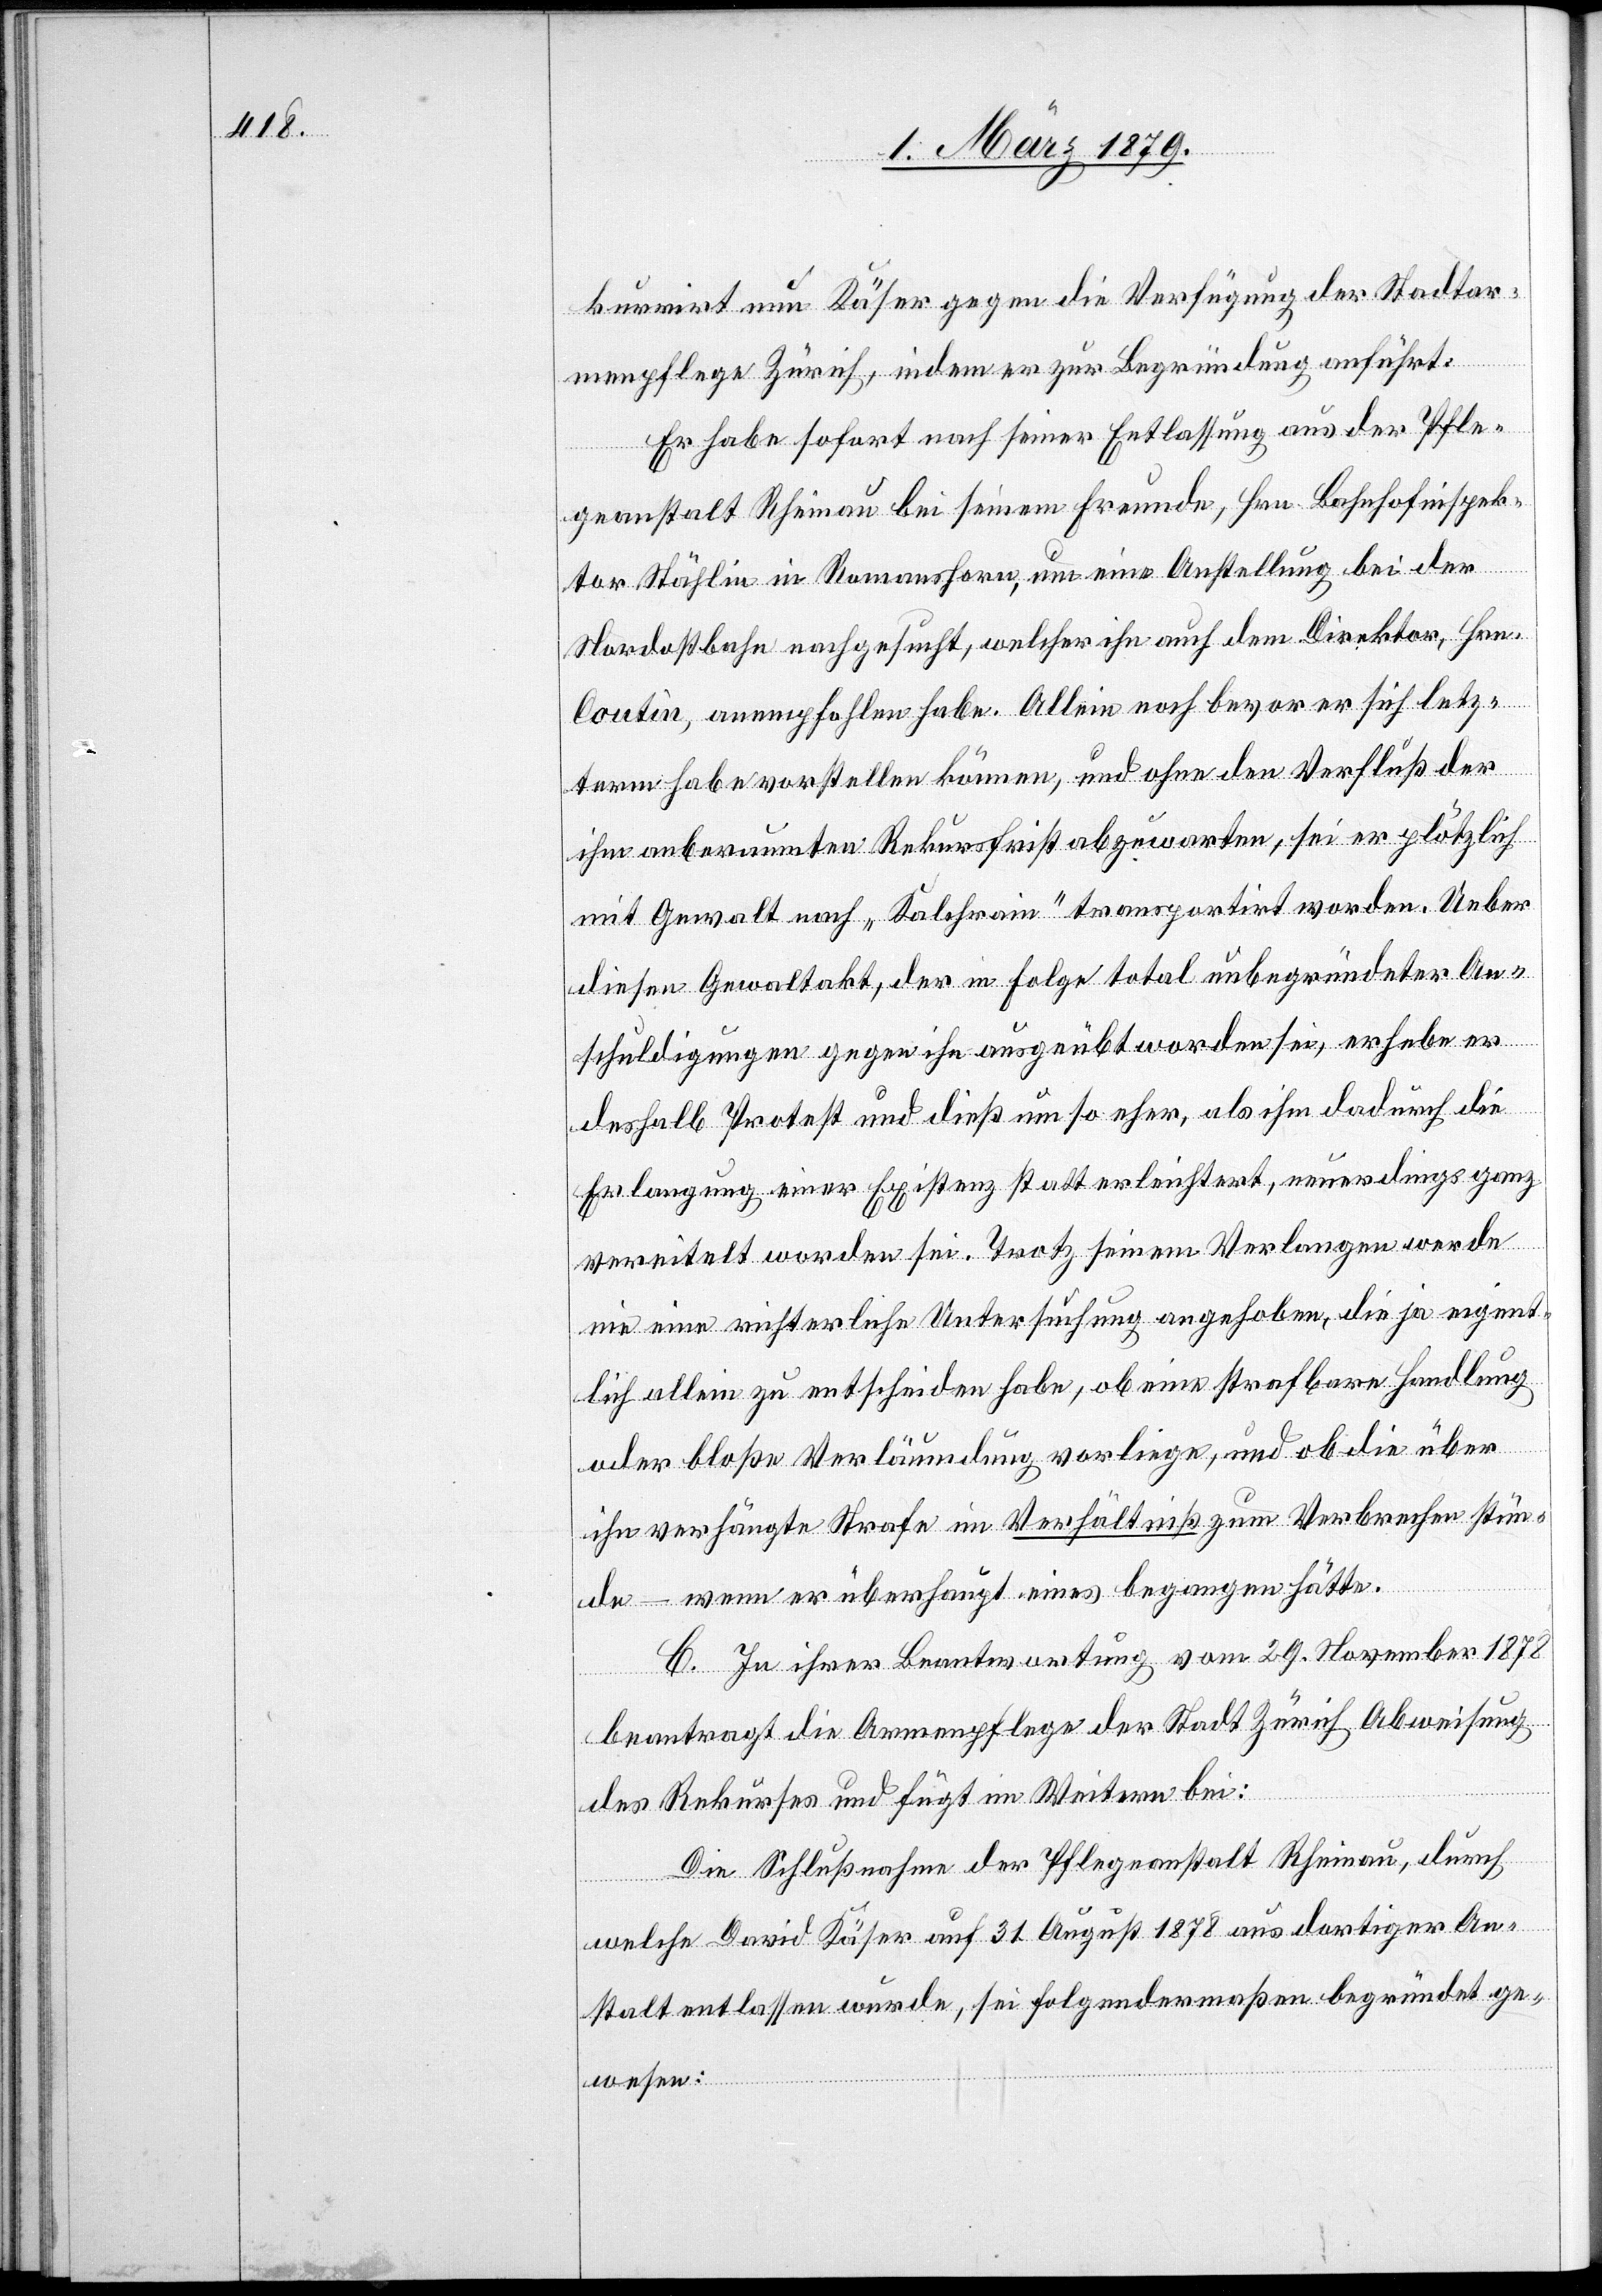
kurrirt nun Käser gegen die Verfügung der Stadtar¬
menpflege Zürich, indem er zur Begründung anführt:
Er habe sofort nach seiner Entlassung aus der Pfle¬
geanstalt Rheinau bei seinem Freunde, Hrn. Bahnhofinspek¬
tor Stählin in Romanshorn, um eine Anstellung bei der
Nordostbahn nachgesucht, welcher ihn auch dem Direktor, Hrn.
Coutin, anempfohlen habe. Allein noch bevor er sich letz¬
term habe vorstellen können, und ohne den Verfluß der
ihm anberaumten Rekursfrist abzuwarten, sei er plötzlich
mit Gewalt nach „Kalchrain“ transportirt worden. Ueber
diesen Gewaltakt, der in Folge total unbegründeter An¬
schuldigungen gegen ihn ausgeübt worden sei, erhebe er
deshalb Protest und dieß um so eher, als ihm dadurch die
Erlangung einer Existenz statt erleichtert, neuerdings ganz
vereitelt worden sei. Trotz seinem Verlangen werde
nie eine richterliche Untersuchung angehoben, die ja eigent¬
lich allein zu entscheiden habe, ob eine strafbare Handlung
oder bloß Verläumdung vorliege, und ob die über
ihn verhängte Strafe im Verhältniß zum Verbrechen stün¬
de – wenn er überhaupt eines begangen hätte.
C. In ihrer Beantwortung vom 29. November 1878
beantragt die Armenpflege der Stadt Zürich Abweisung
des Rekurses und fügt im Weitern bei:
Die Schlußnahme der Pflegeanstalt Rheinau, durch
welche David Käser auf 31. August 1878 aus dortiger An¬
stalt entlassen wurde, sei folgendermaßen begründet ge¬
wesen: